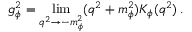
g _ { \phi } ^ { 2 } = \operatorname * { l i m } _ { q ^ { 2 } \rightarrow - m _ { \phi } ^ { 2 } } ( q ^ { 2 } + m _ { \phi } ^ { 2 } ) K _ { \phi } ( q ^ { 2 } ) \, .